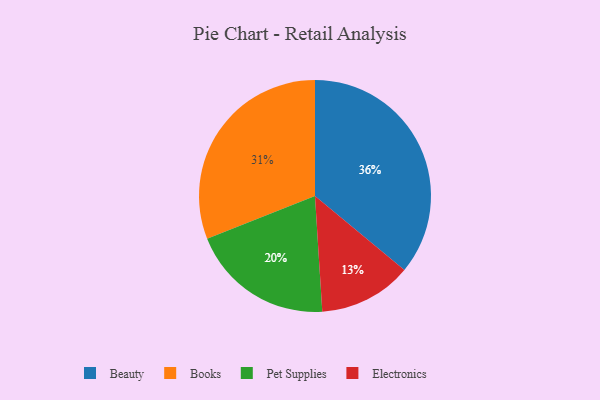
{"axis": {"x": "Category", "y": "Percentage"}, "legend": ["Beauty", "Books", "Electronics", "Pet Supplies"], "data": [{"x": "Beauty", "y": 36, "type": "Beauty"}, {"x": "Electronics", "y": 13, "type": "Electronics"}, {"x": "Pet Supplies", "y": 20, "type": "Pet Supplies"}, {"x": "Books", "y": 31, "type": "Books"}]}